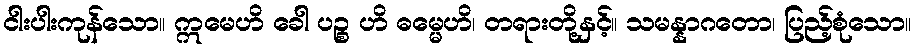
ငါးပါးကုန်သော။ ဣမေဟိ ခေါ ပဉ္စ ဟိ ဓမ္မေဟိ၊ တရားတို့နှင့်။ သမန္နာဂတော၊ ပြည့်စုံသော။